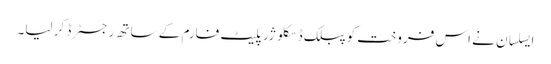
ایسلسان نے اس فروخت کو پبلک ڈسکلوژر پلیٹ فارم کے ساتھ رجسٹرڈ کر لیا۔